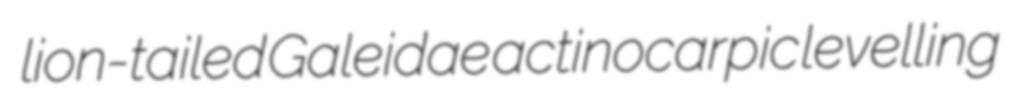
lion-tailed Galeidae actinocarpic levelling